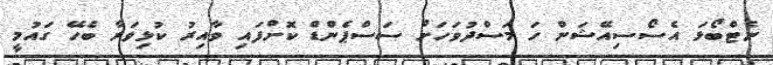
ނެޓްބޯޅަ އެސޯސިއޭޝަން ހަ މަސްދުވަހަށް ސަސްޕެންޑް ކޮށްފައި ވާއިރު ކުޅިވަރާ ބެހޭ ގައުމީ